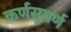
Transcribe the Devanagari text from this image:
कर्णसुबर्ण